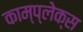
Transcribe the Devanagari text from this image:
काम्‍प्‍लेक्स